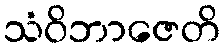
သံဝိဘာဇေတိ